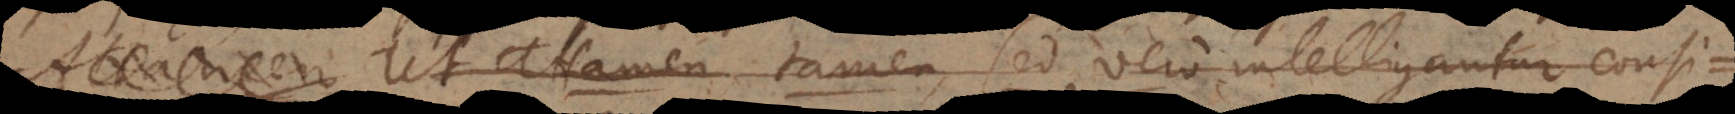
Attamen Ut attamen, tamen, sed, vero intelligantur, consi